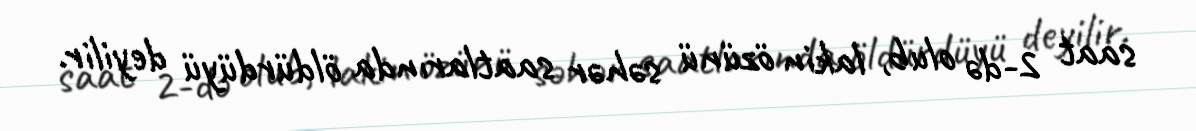
saat 2-də olub, lakin özünü səhər saatlarında öldürdüyü deyilir.